King Institute of Preventive Medicine Micro-Biological Section reports 1909-11
Year: 1909
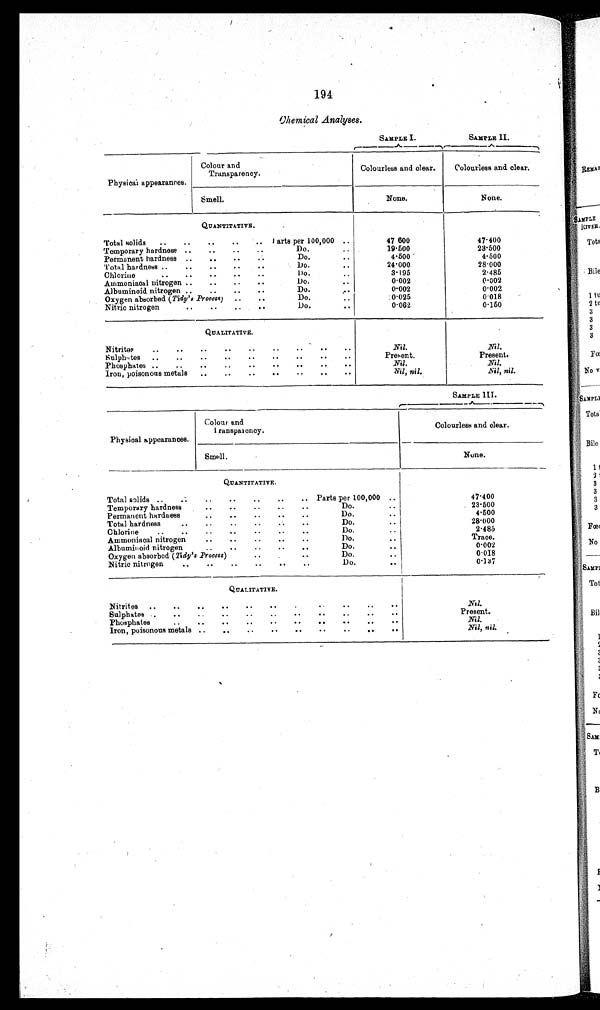
194
Chemical Analyses.
SAMPLE I.
SAMPLE II.
Physical appearances.
Colour and
Transparency.
Colourless and clear.
Colourless and clear.
Smell.
None.
None.
QUANTITATIVE.
Total solids
Parts per 100,000
47 600
47·400
Temporary hardness
Do.
19·500
23·500
Permanent hardness
Do.
4·500
4·500
Total hardness
Do.
24·000
28·000
Chlorine
Do.
3·195
2·485
Ammoniaoal nitrogen
Do.
0·002
0·002
Albuminoid nitrogen
Do.
0·002
0·002
Oxygen absorbed (Tidy's Process)
Do.
0·025
0·018
Nitric nitrogen
Do.
0·062
0·150
QUALITATIVE.
Nitrites
Nil.
Nil.
Sulphites
Present.
Present.
Phosphates
Nil.
Nil.
Iron, poisonous metals
Nil, nil.
Nil, nil.
SAMPLE III.
Physical appearances.
Colour and
Tr ans par ency.
Colourless and clear.
Smell.
None.
QUANTITATIVE.
Total solids
Parts per 100,000
47·400
Temporary hardness
Do.
23·500
Permanent hardness
Do.
4·500
Total hardness
Do.
28·000
Chlorine
Do.
2·485
Ammoniacal nitrogen
Do.
Trace.
Albuminoid nitrogen
Do.
0·002
Oxygen absorbed ( Tidy's Process )
Do.
0·018
Nitric nitrogen
Do.
0·137
QUALITATIVE.
Nitrites
Nil.
Sulphates
Present.
Phosphates
Nil.
Iron, poisonous metals
Nil, nil.